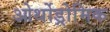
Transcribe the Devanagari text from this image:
ओर्थोड्रोमिक